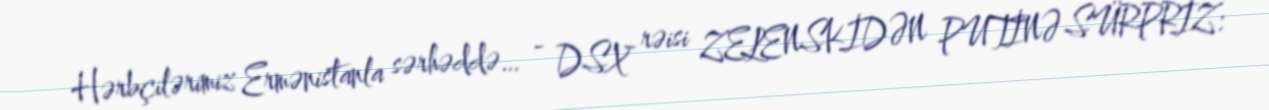
Hərbçilərimiz Ermənistanla sərhəddə… - DSX rəisi ZELENSKİDƏN PUTİNƏ SÜRPRİZ: